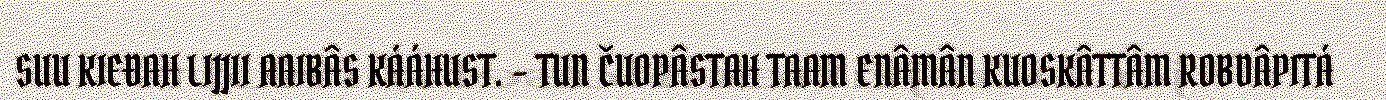
SUU KIEĐAH LIJJII AAIBÂS KÁÁHUST. - TUN ČUOPÂSTAH TAAM ENÂMÂN KUOSKÂTTÂM ROBDÂPITÁ